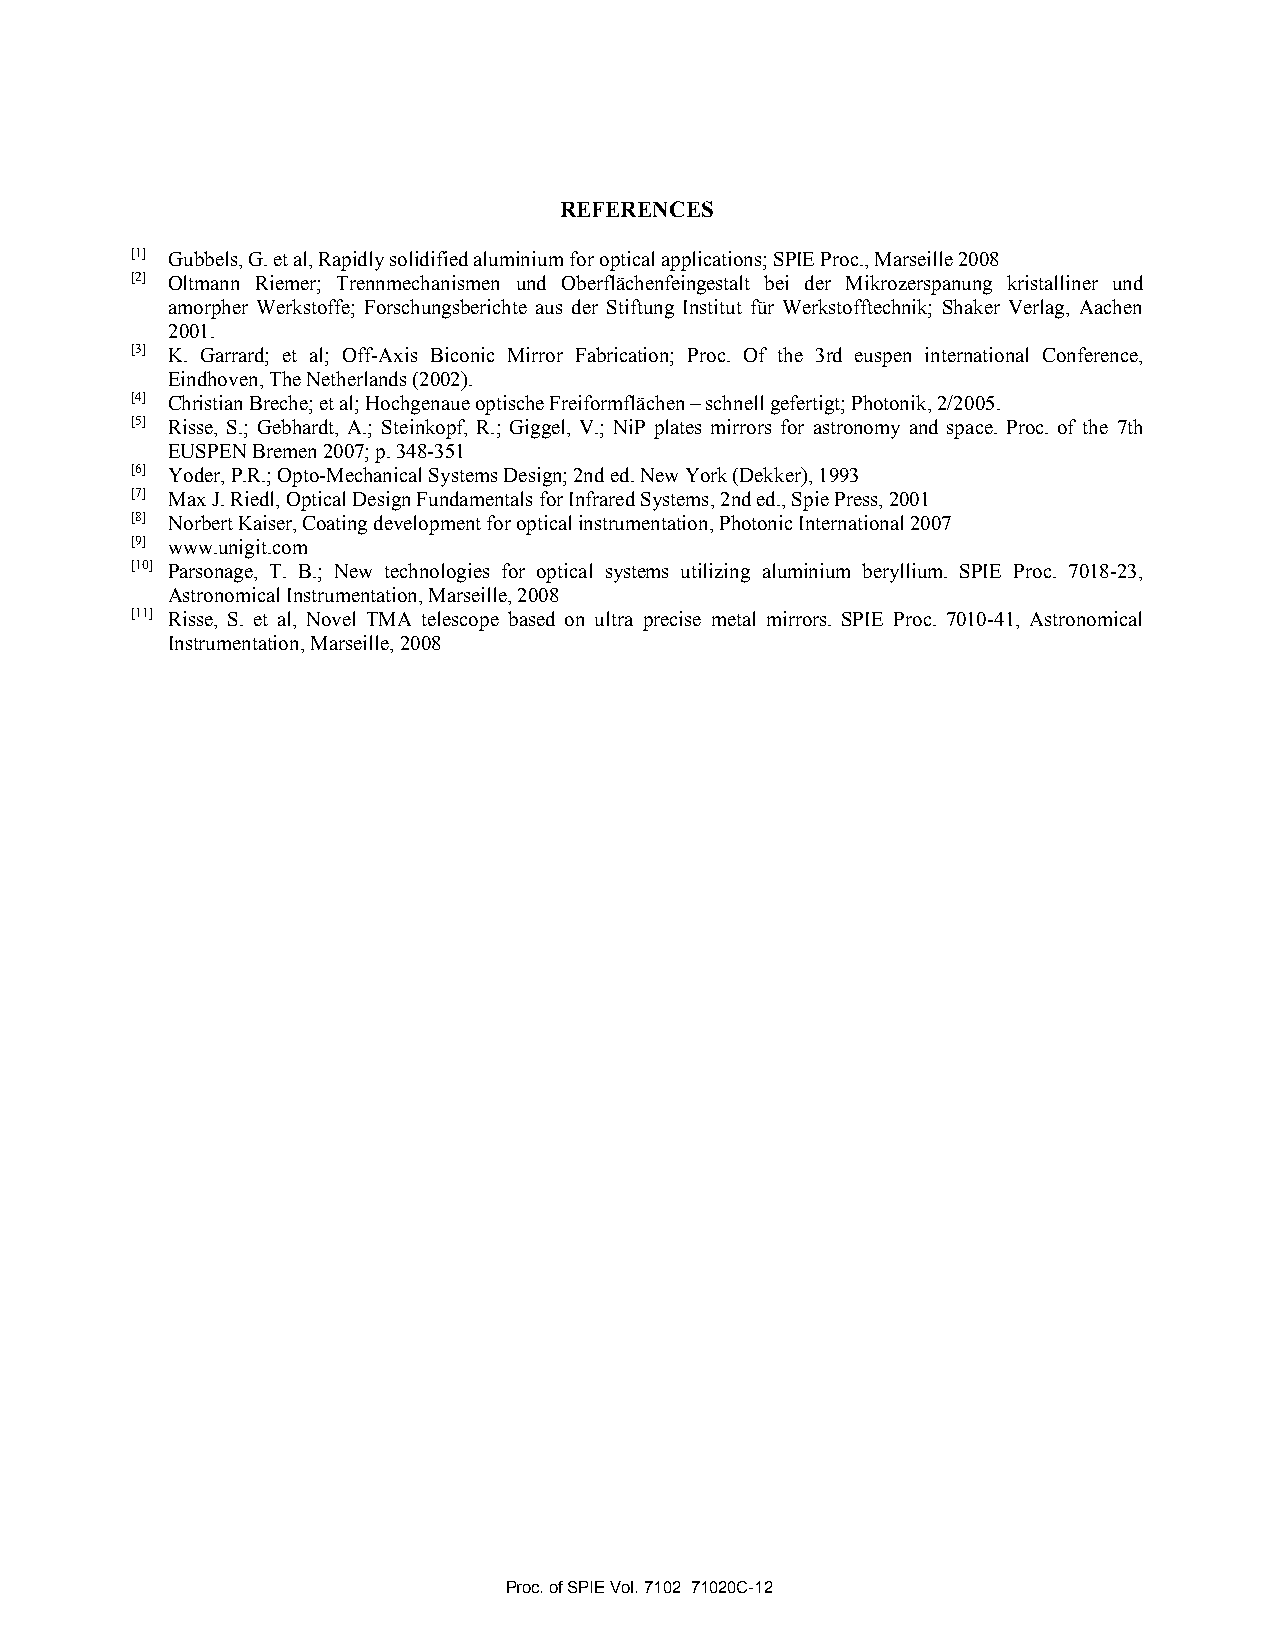
REFERENCES
 [1] Gubbels, G. et al, Rapidly solidified aluminium for optical applications; SPIE Proc., Marseille 2008
 [2] Oltmann Riemer; Trennmechanismen und Oberflächenfeingestalt bei der Mikrozerspanung kristalliner und
 amorpher Werkstoffe; Forschungsberichte aus der Stiftung Institut für Werkstofftechnik; Shaker Verlag, Aachen
 2001.
 [3] K. Garrard; et al; Off-Axis Biconic Mirror Fabrication; Proc. Of the 3rd euspen international Conference,
 Eindhoven, The Netherlands (2002).
 [4] Christian Breche; et al; Hochgenaue optische Freiformflächen – schnell gefertigt; Photonik, 2/2005.
 [5] Risse, S.; Gebhardt, A.; Steinkopf, R.; Giggel, V.; NiP plates mirrors for astronomy and space. Proc. of the 7th
 EUSPEN Bremen 2007; p. 348-351
 [6] Yoder, P.R.; Opto-Mechanical Systems Design; 2nd ed. New York (Dekker), 1993
 [7] Max J. Riedl, Optical Design Fundamentals for Infrared Systems, 2nd ed., Spie Press, 2001
 [8] Norbert Kaiser, Coating development for optical instrumentation, Photonic International 2007
 [9] www.unigit.com
 [10] Parsonage, T. B.; New technologies for optical systems utilizing aluminium beryllium. SPIE Proc. 7018-23,
 Astronomical Instrumentation, Marseille, 2008
 [11] Risse, S. et al, Novel TMA telescope based on ultra precise metal mirrors. SPIE Proc. 7010-41, Astronomical
 Instrumentation, Marseille, 2008
 Proc. of SPIE Vol. 7102 71020C-12